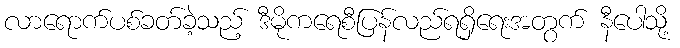
လာရောက်ပစ်ခတ်ခဲ့သည့် ဒီမိုကရေစီပြန်လည်ရရှိရေးအတွက် နီပေါသို့